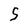
Character: 5